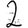
Digit: 2